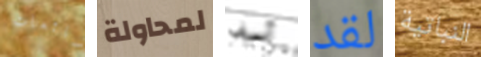
شائعات لمحاولة آسف لقد النباتية